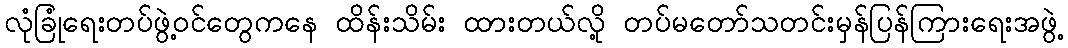
လုံခြုံရေးတပ်ဖွဲ့ဝင်တွေကနေ ထိန်းသိမ်း ထားတယ်လို့ တပ်မတော်သတင်းမှန်ပြန်ကြားရေးအဖွဲ့